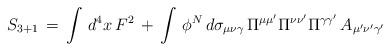
LaTeX: \begin{align*}S_{3+1} \, = \, \int\, d^4x \, F^2 \, + \, \int \,\phi^N \, d\sigma_{\mu\nu\gamma} \, \Pi^{\mu\mu'}\Pi^{\nu\nu'}\Pi^{\gamma\gamma'} \, A_{\mu'\nu'\gamma'}\end{align*}